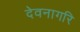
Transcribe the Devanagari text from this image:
देवनागरि